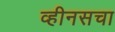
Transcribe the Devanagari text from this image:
व्हीनसचा